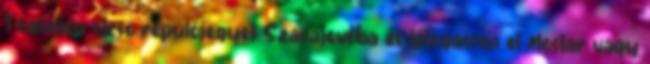
Foglaljon olcsó repülőjegyet Szarajevóba és látogasson el Mostar vagy